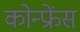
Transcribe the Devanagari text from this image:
कोन्फ्रेंस